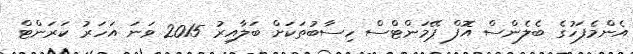
އެންމެފަހުގެ ބެލެންސް އޮފް ޕޭމަންޓްސް ހިސާބުތަކަށް ބަލާއިރު 2015 ވަނަ އަހަރު ކަރަންޓް